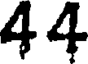
44